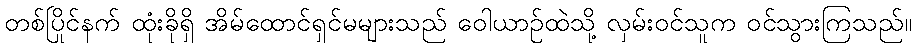
တစ်ပြိုင်နက် ထုံးခိုရှိ အိမ်ထောင်ရှင်မများသည် ဝေါယာဉ်ထဲသို့ လှမ်းဝင်သူက ဝင်သွားကြသည်။